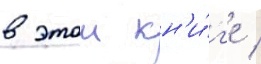
в этои кн'и́г'е /